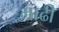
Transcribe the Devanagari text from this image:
माढी